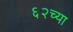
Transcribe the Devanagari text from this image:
६२च्या